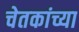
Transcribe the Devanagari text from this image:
चेतकांच्या